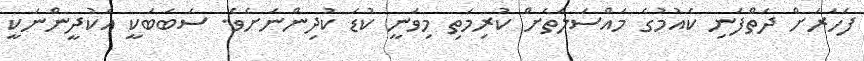
ފަހަރަށް ދަތްފަނި ކެއުމުގެ މައްސަލަތަށް ކުރިމަތި މިވަނީ ކުޑަ ކުދިންނަށެވެ. ސަބަބަކީ އެކުދީންނަކީ